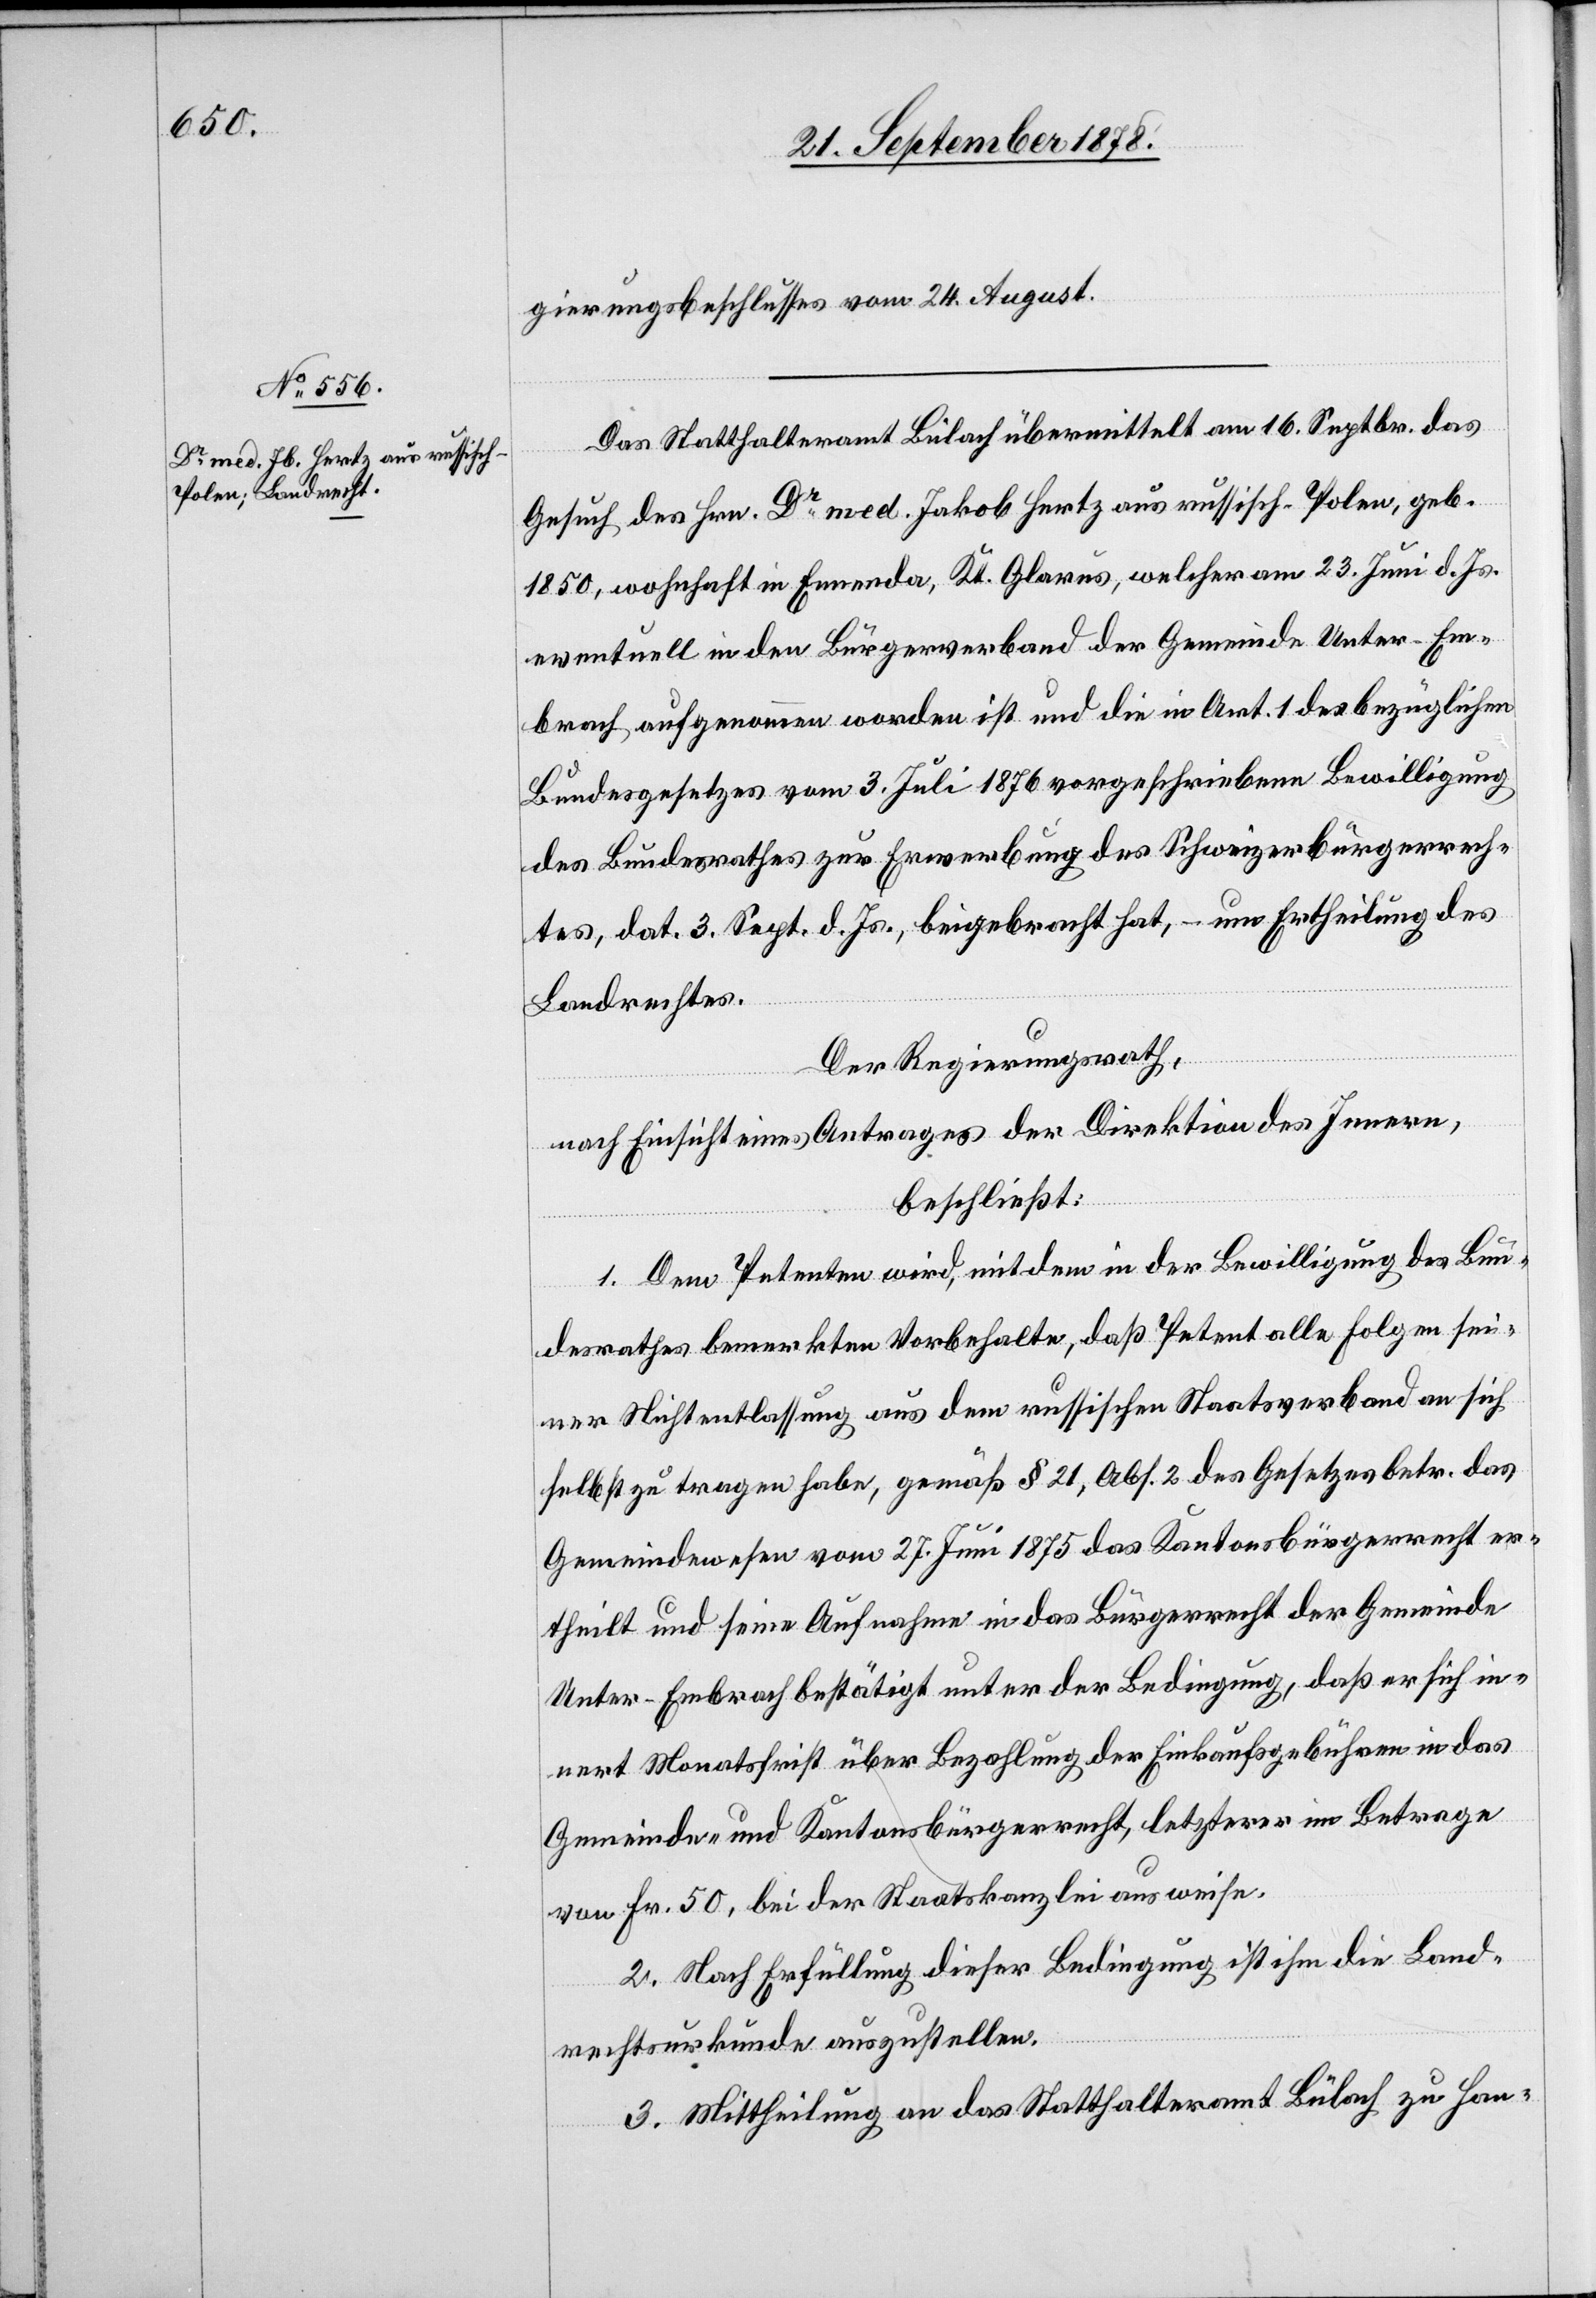
gierungsbeschlusses vom 24. August.
Das Statthalteramt Bülach übermittelt am 16. Septbr. das
Gesuch des Hrn. Dr med. Jakob Hertz aus russisch-Polen, geb.
1850, wohnhaft in Ennenda, Kt. Glarus, welcher am 23. Juni d. Js.
eventuell in den Bürgerverband der Gemeinde Unter-Em¬
brach aufgenommen worden ist und die in Art. 1 des bezüglichen
Bundesgesetzes vom 3. Juli 1876 vorgeschriebene Bewilligung
des Bundesrathes zur Erwerbung des Schweizerbürgerrech¬
tes, dat. 3. Sept. d. Js., beigebracht hat, – um Ertheilung des
Landrechtes.
Der Regierungsrath,
nach Einsicht eines Antrages der Direktion des Innern,
beschließt:
1. Dem Petenten wird, mit dem in der Bewilligung des Bun¬
desrathes bemerkten Vorbehalte, daß Petent alle Folgen sei¬
ner Nichtentlassung aus dem russischen Staatsverband an sich
selbst zu tragen habe, gemäß § 21, Abs. 2 des Gesetzes betr. das
Gemeindewesen vom 27. Juni 1875 das Kantonsbürgerrecht er¬
theilt und seine Aufnahme in das Bürgerrecht der Gemeinde
Unter-Embrach bestätigt unter der Bedingung, daß er sich in¬
nert Monatsfrist über Bezahlung der Einkaufsgebühren in das
Gemeinde- und Kantonsbürgerrecht, letzterer im Betrage
von Fr. 50, bei der Staatskanzlei ausweise.
2. Nach Erfüllung dieser Bedingung ist ihm die Land¬
rechtsurkunde auszustellen.
3. Mittheilung an das Statthalteramt Bülach zu Han-